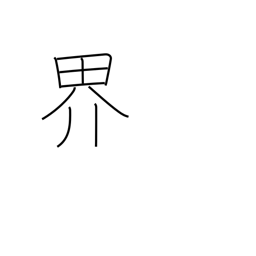
Meaning: boundary